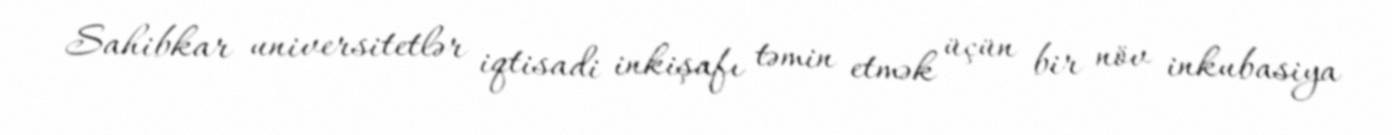
Sahibkar universitetlər iqtisadi inkişafı təmin etmək üçün bir növ inkubasiya